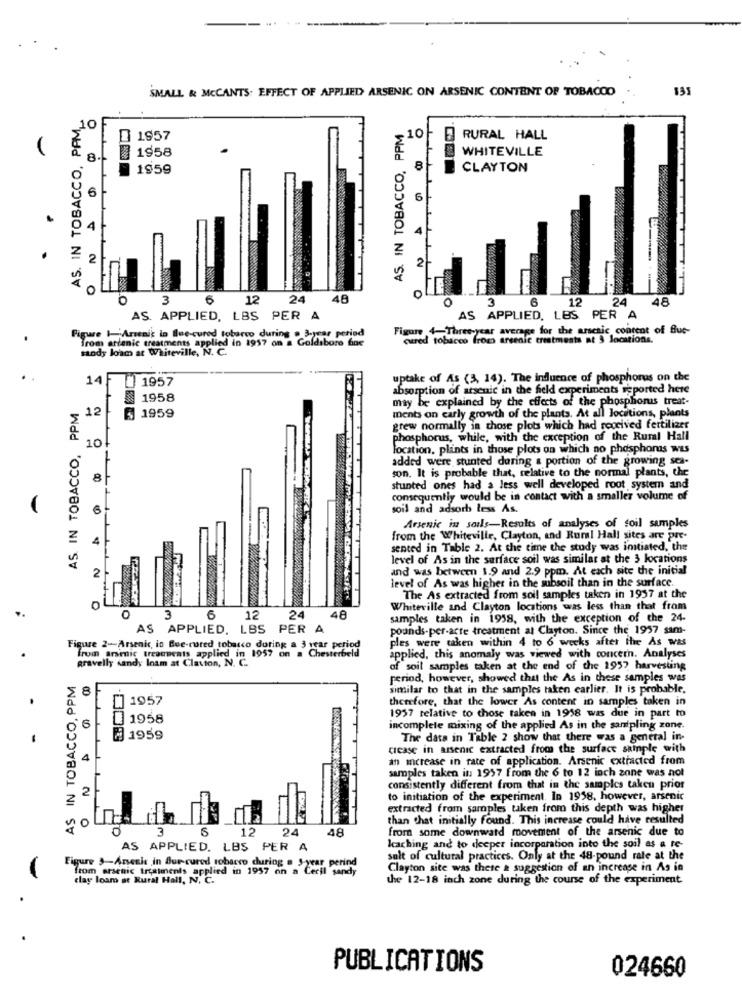
SMALL & MCCANTS: EFFECT OF APPLIED ARSENIC ON ARSENIC CONTENT OF TOBACCO
AS. IN TOBACCO, PAM_
AS. IN TOBACCO, PPM
1957
10
RURAL HALL
1958
WHITEVILLE
8
1959
8
CLAYTON
6
6
4
ON
2
2
0
3
6
12
24
48
0
3
6
12
24
48
AS. APPLIED, LBS PER A
AS APPLIED, LBS PER A
Fissare 4-Three-year average for the arsenic content of Blue-
Figure 1-Arsenic in Blue-cured tobarco during . 3.year period
Trom artanic treatments applied in 1957 on a Goldsboro dne
cured tobacco froms arsenic treatments at 3 locations.
sandy loam at Whiteville, N. C.
14F
1957
uptake of As (3, 14). The influence of phosphorus on the
absorption of arsenic in the field experiments reported here
AS IN TOBACCO, PPM
1958
may be explained by the effects of the phosphorus treat-
ments on carly growth of the plants. At all locations, plants
12 5 1959
grew normally in those plots which had received fertilizer
10
phosphorus, while, with the exception of the Rural Hall
location, plants in those plots on which no phosphonas was
added were stunted during a portion of the growing sca-
son. It is probable that, relative to the normal plants, the
8
stunted ones had a less well developed root system and
consequently would be in contact with a smaller volume of
soil and adsorb less As.
Arsenic in sails-Results of analyses of soil samples
from the Whiteville, Clayton, and Rural Hall sites are pre-
sented in Table 2. At the time the study was initiated, the
level of As in the surface soil was similar at the 3 locations
and was between 1.9 and 2.9 ppm. At each site the initial
level of As was higher in the subsoil than in the surface.
The As extracted from soil samples taken in 1957 at the
Whiteville and Clayton locations was less than that from
O
3
6 12
24
48
samples taken in 1958, with the exception of the 24-
AS APPLIED. LBS PER A
pounds-per-acte treatment al Clayton. Since the 1957 sam-
ples were taken within 4 to 6 weeks after the As was
Figure 2-Arsenic, in Blue-cured tobacco during a 3 year period
from arsenic treatments applied in 1957 on a Chesterbeld
gravelly dandy losm at Clayton, N. C.
applied, this anomaly was viewed with concern. Analyses
of soil samples taken at the end of the 1957 harvesting
AS IN TOBACCO, PPM
period, however, showed that the As in these samples was
similar to that in the samples taken earlier. It is probable.
1957
therefore, that the lower As content in samples taken in
1957 relative to those taken in 1918 was due in part to
1958
incomplete mixing of the applied As in the sampling zone.
2 1959
The data in Table 2 show that there was a general in-
crease in arsenic extracted from the surface sample with
4
an increase in rate of application. Arsenic extracted from
samples taken in 1957 from the 6 to 12 inch zone was not
2
consistently different from that in the samples taken prior
to initiation of the experiment. In 1958, however, arsenic
extracted from samples taken from this depth was higher
than that initially found. This increase could have resulted
no
O
3
12
24
48
from some downward movement of the arsenic due to
AS APPLIED. LBS PER A
kaching and to deeper incorparation into the soil as a te-
salt of cultural practices. Only at the 48-pound rate at the
Figure 3-Arsenic in Bur- cured tobacco during a S-year perind
from arsenic treatments applied in 1957 on a Ceril sandy
Clayton site was thete a suggestion of an increase in As in
clay loam at Rural Hall, N. C.
the 12-18 inch zone during the course of the experiment
PUBLICATIONS
024660